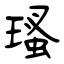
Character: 瑵